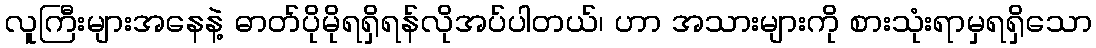
လူကြီးများအနေနဲ့ ဓာတ်ပိုမိုရရှိရန်လိုအပ်ပါတယ်၊ ဟာ အသားများကို စားသုံးရာမှရရှိသော